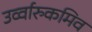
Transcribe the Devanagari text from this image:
उर्व्वारुकमिव